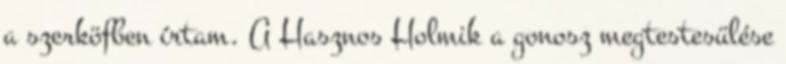
a szerköfben írtam. A Hasznos Holmik a gonosz megtestesülése